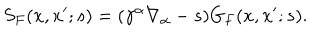
S _ { F } ( x , x ^ { \prime } ; s ) = ( \gamma ^ { \alpha } \nabla _ { \alpha } - s ) G _ { F } ( x , x ^ { \prime } ; s ) .